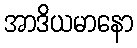
အာဒိယမာနော